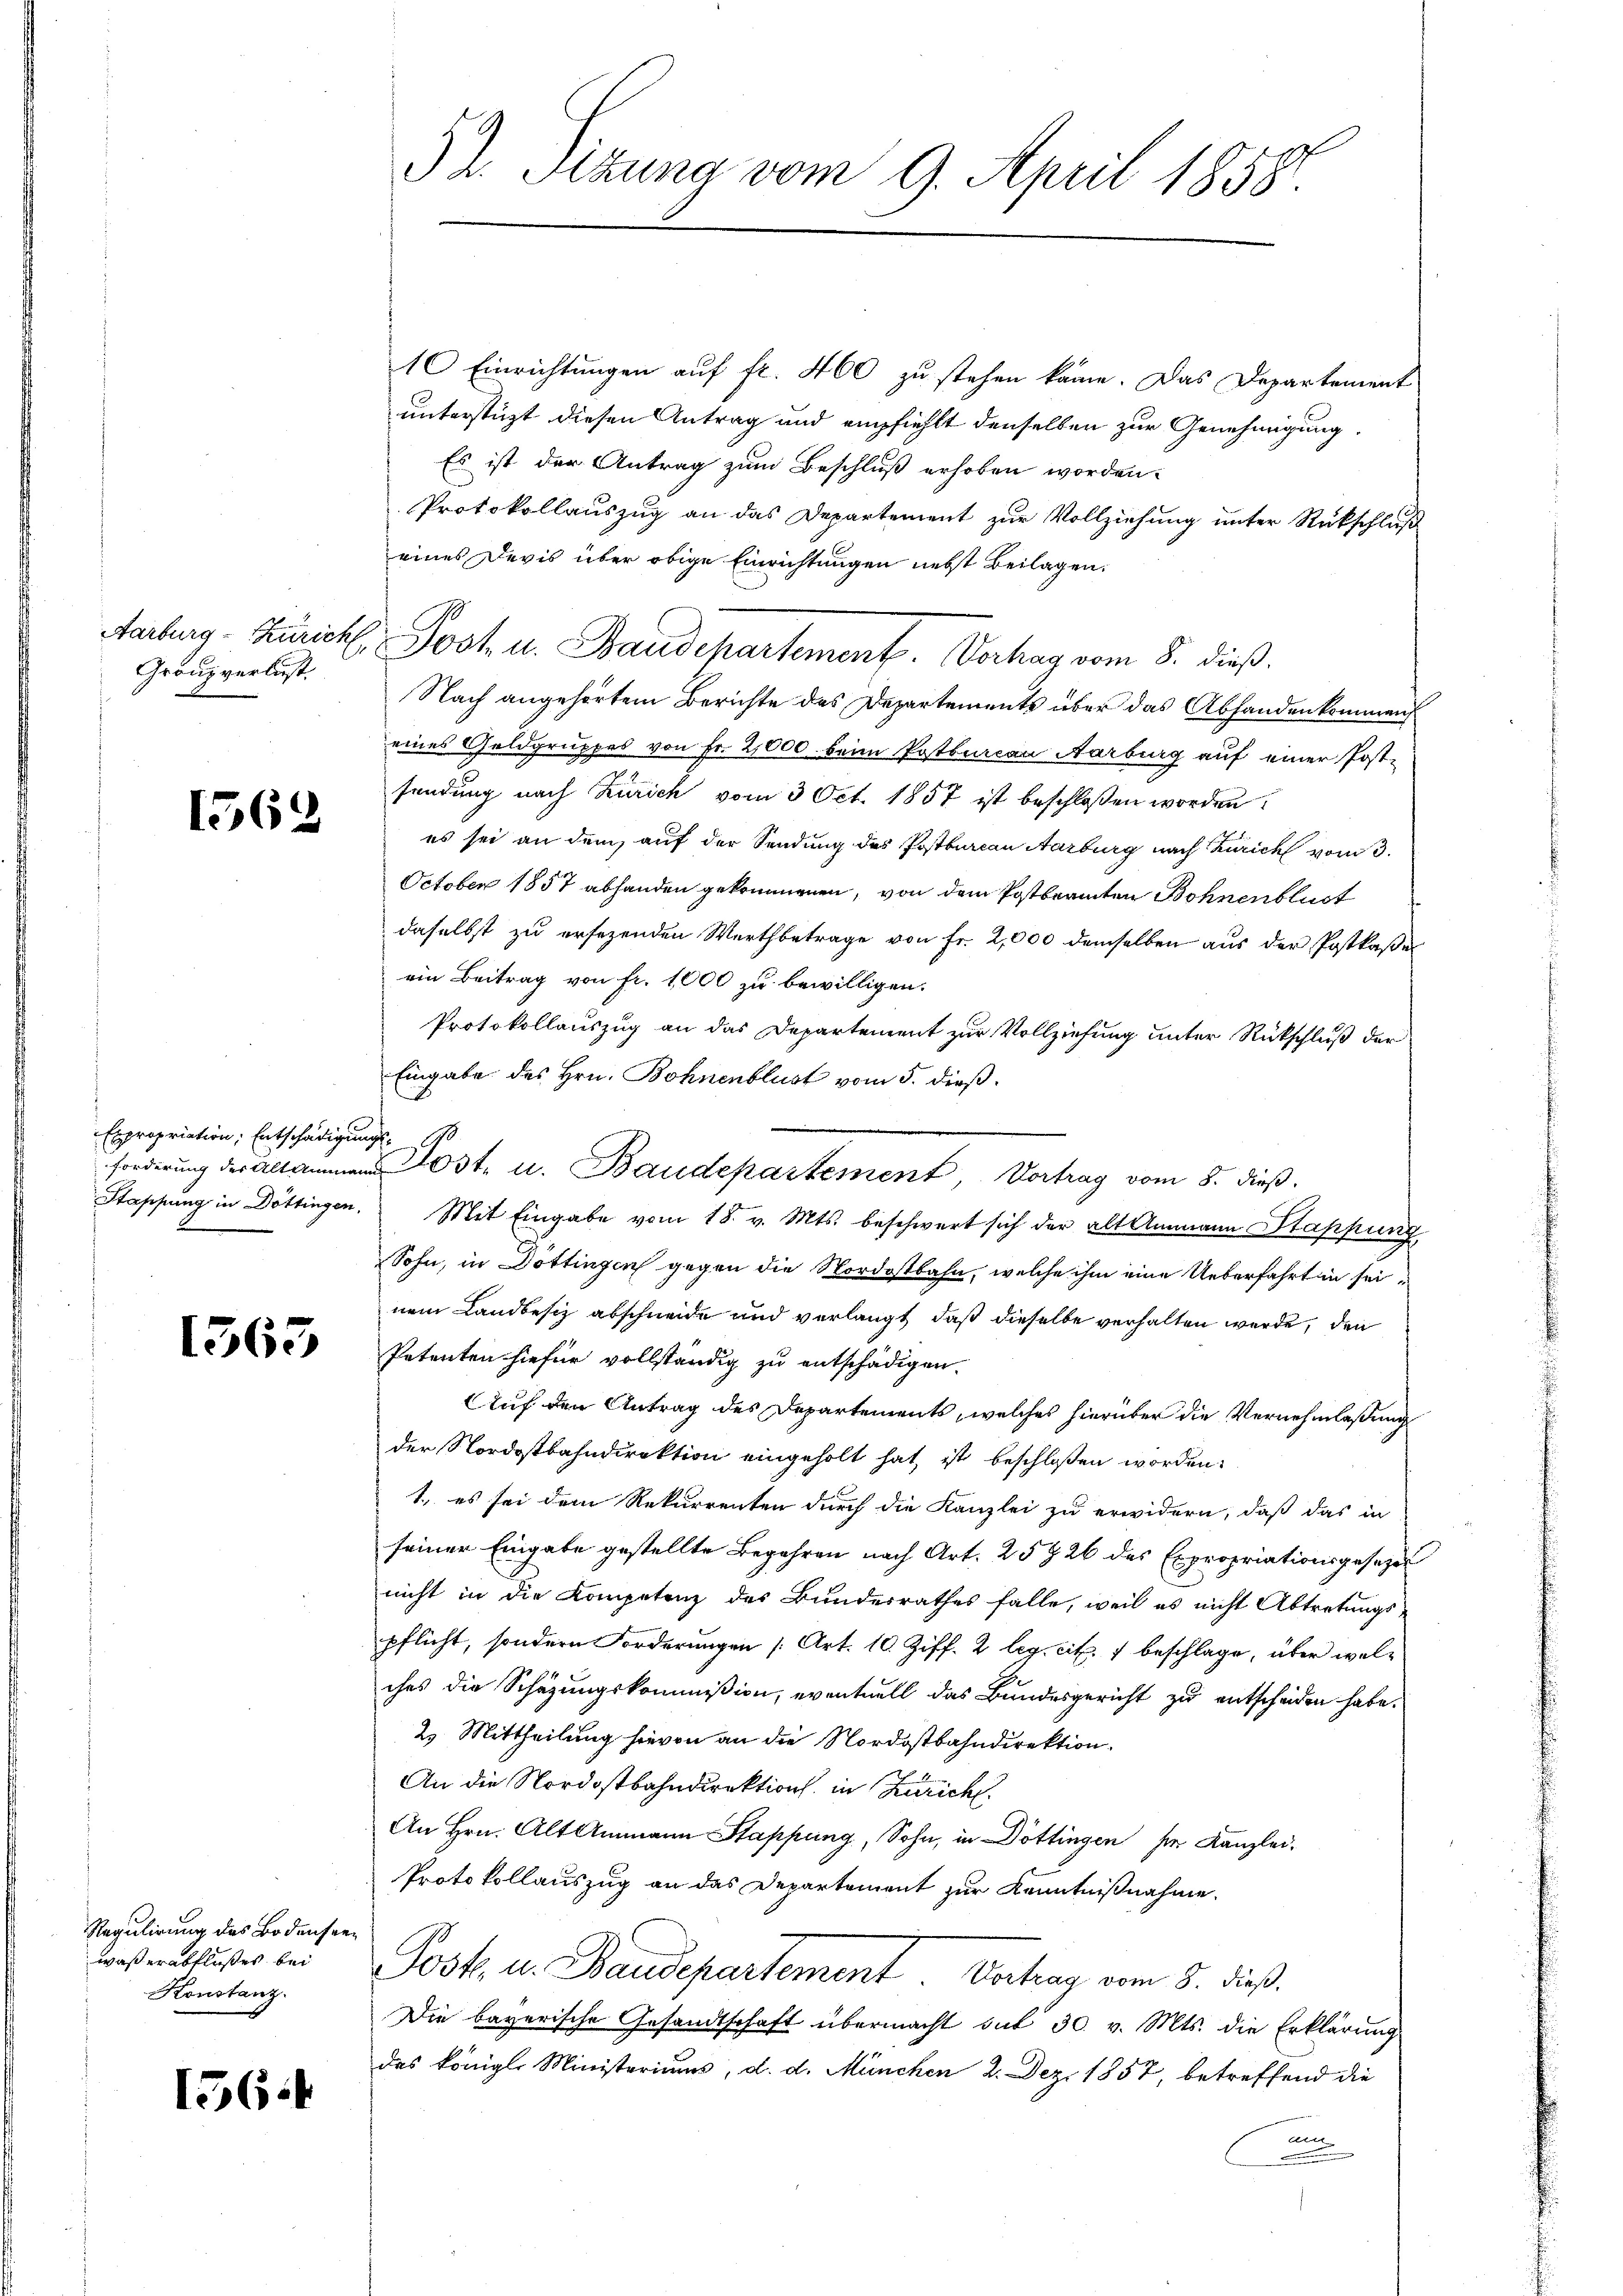
Aarburg - Züricht
Gränz verlust.

1562

Expropriation, Entschädigun
forderung der Altammen
Stappung in Döttingen.

1363

Regulirung des Bodenseewaßerabflußes bei
Konstanz.

156.

52. Sitzung vom 9. April 1858.

10 Einrichtungen auf fr. 460 zu stehen könne. Das Departement
unterstüzt diesen Antrag und empfiehlt denselben zur Genehmigung.
Es ist der Antrag zum Beschluß erhoben worden.
Protokollauszug an das Departement zur Vollziehung unter Rückschluß
eines Devis über obige Einrichtungen nebst Beilagen.
 Post u. Baudepartement. Verhag vom 5. dieß.
Nach angehörtem Berichte des Departements über das Abhanden kommens
eines Geldgruppes von Fr. 2,000 beim Postburcan Aarburg auf einer Post-
sendung nach Zürich vom 3 Oct. 1857 ist beschloßen worden
es sei an dem auf der Sendung des Postburcan Aarburg nach Zürich vom 3.
October 1857 abhanden gekommenen, von dem Postbeamten Bohnenblich
daselbst zu ersezenden Wertbetrage von Fr. 2,000 demselben aus der Postkassel
ein Beitrag von fr. 1000 zu bewilligen.
Protokollauszug an das Departement zur Vollziehung unter Rückschluß der
Eingabe des Hrn. Bohnenblust vom 5. dieß.
Mit Eingabe vom 18. v. Mts. beschwert sich der alt Ammann Stappung
Sohn, in Döttingen gegen die Nordostbahn, welche ihm eine Ueberfahrt in seinem Landbesiz abschneide und verlangt, daß dieselbe verhalten werde, den
Petenten hiefür vollständig zu entschädigen.
Auf den Antrag des Departements, welches hierüber die Vernehmlaßung
der Nordostbahndirektion eingeholt hat, ist beschloßen worden:
1., es sei dem Rekurrenten durch die Kanzlei zu erwidern, daß das in
seiner Eingabe gestellte Begehren nach Art. 25 26 des Expropriationsgesezes
nicht in die Kompetenz des Bundesrathes falle, weil es nicht Abtretungs
pflicht, sondern Forderungen [Art. 10. Ziff. 2 leg. cit. 1 beschlage, über welches die Schazungskommißion, eventuell das Bundesgericht zu entscheiden habe.
2) Mittheilung hievon an die Nordostbahndirektion.
An die Nordostbahndirektion in Zürich.
An Hrn. Alt Ammann Stappung, Sohn, in Döttingen hier Kanzlei-
Protokollauszug an das Departement zur Kenntnißnahme.
Post u. Baudepartement. Vortrag vom 8. dieß
Die bayerische Gesandtschaft übermacht mit 30. v. Mts. die Erklärung
des königl. Ministeriums, d. d. München 2. Dez. 1857, betreffend die
F

¬
Post. u. Baudepartement Vortrag vom 8. dieß.